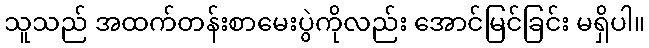
သူသည် အထက်တန်းစာမေးပွဲကိုလည်း အောင်မြင်ခြင်း မရှိပါ။